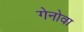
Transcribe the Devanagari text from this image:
गेनोवा